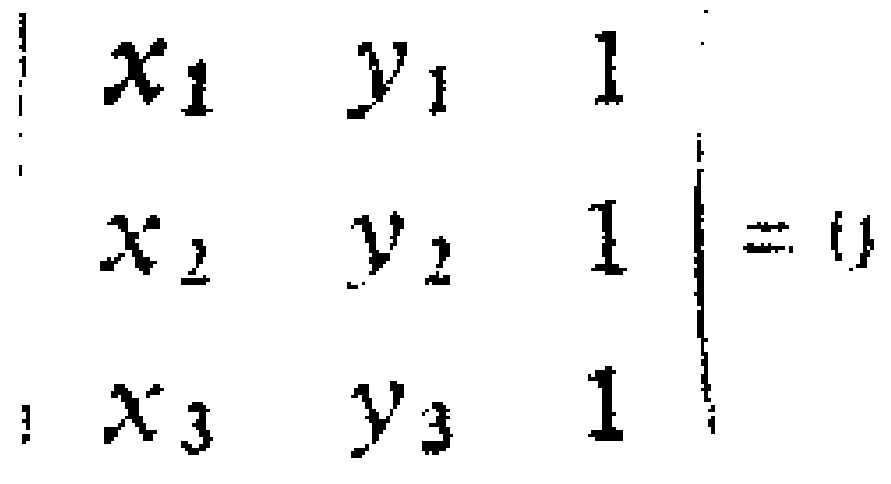
\[

\begin{vmatrix}

x_1 & y_1 & 1 \\

x_2 & y_2 & 1 \\

x_3 & y_3 & 1

\end{vmatrix}=0

\]